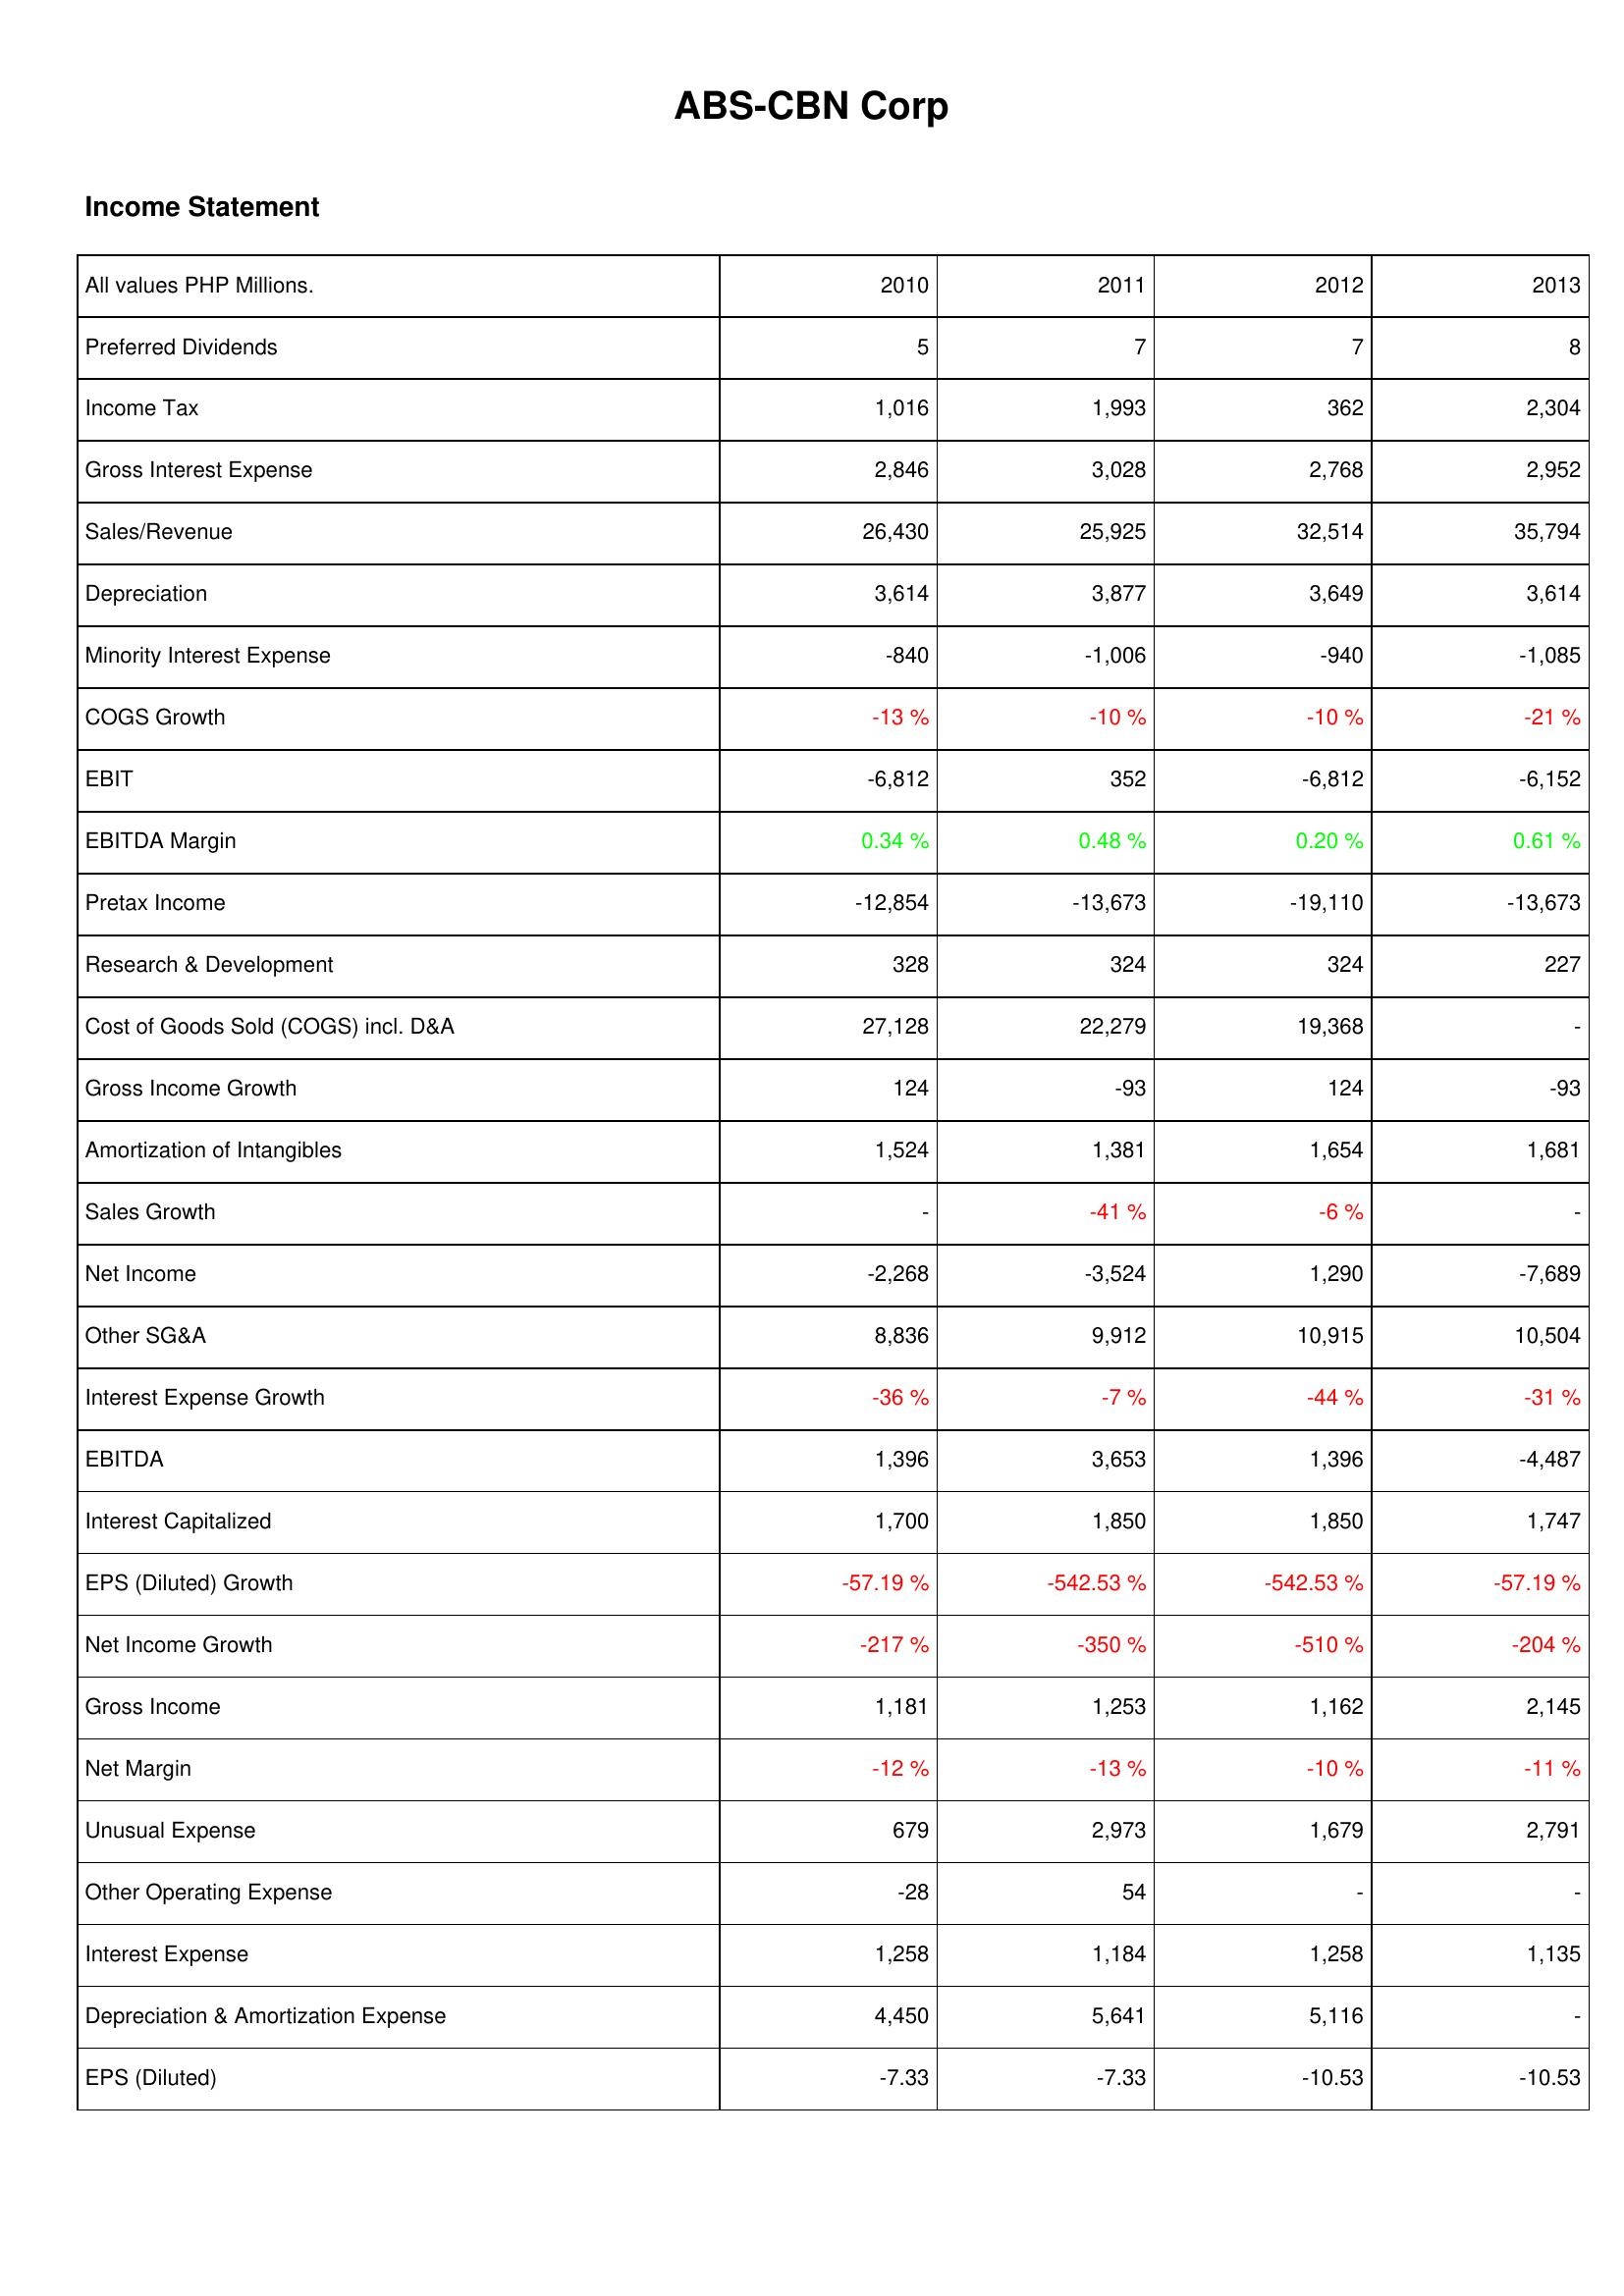
2010: Income Statement: Preferred Dividends: 5
Income Tax: 1,016
Gross Interest Expense: 2,846
Sales/Revenue: 26,430
Depreciation: 3,614
Minority Interest Expense: -840
COGS Growth: -13 %
EBIT: -6,812
EBITDA Margin: 0.34 %
Pretax Income: -12,854
Research & Development: 328
Cost of Goods Sold (COGS) incl. D&A: 27,128
Gross Income Growth: 124
Amortization of Intangibles: 1,524
Sales Growth: -
Net Income: -2,268
Other SG&A: 8,836
Interest Expense Growth: -36 %
EBITDA: 1,396
Interest Capitalized: 1,700
EPS (Diluted) Growth: -57.19 %
Net Income Growth: -217 %
Gross Income: 1,181
Net Margin: -12 %
Unusual Expense: 679
Other Operating Expense: -28
Interest Expense: 1,258
Depreciation & Amortization Expense: 4,450
EPS (Diluted): -7.33
2011: Income Statement: Preferred Dividends: 7
Income Tax: 1,993
Gross Interest Expense: 3,028
Sales/Revenue: 25,925
Depreciation: 3,877
Minority Interest Expense: -1,006
COGS Growth: -10 %
EBIT: 352
EBITDA Margin: 0.48 %
Pretax Income: -13,673
Research & Development: 324
Cost of Goods Sold (COGS) incl. D&A: 22,279
Gross Income Growth: -93
Amortization of Intangibles: 1,381
Sales Growth: -41 %
Net Income: -3,524
Other SG&A: 9,912
Interest Expense Growth: -7 %
EBITDA: 3,653
Interest Capitalized: 1,850
EPS (Diluted) Growth: -542.53 %
Net Income Growth: -350 %
Gross Income: 1,253
Net Margin: -13 %
Unusual Expense: 2,973
Other Operating Expense: 54
Interest Expense: 1,184
Depreciation & Amortization Expense: 5,641
EPS (Diluted): -7.33
2012: Income Statement: Preferred Dividends: 7
Income Tax: 362
Gross Interest Expense: 2,768
Sales/Revenue: 32,514
Depreciation: 3,649
Minority Interest Expense: -940
COGS Growth: -10 %
EBIT: -6,812
EBITDA Margin: 0.20 %
Pretax Income: -19,110
Research & Development: 324
Cost of Goods Sold (COGS) incl. D&A: 19,368
Gross Income Growth: 124
Amortization of Intangibles: 1,654
Sales Growth: -6 %
Net Income: 1,290
Other SG&A: 10,915
Interest Expense Growth: -44 %
EBITDA: 1,396
Interest Capitalized: 1,850
EPS (Diluted) Growth: -542.53 %
Net Income Growth: -510 %
Gross Income: 1,162
Net Margin: -10 %
Unusual Expense: 1,679
Other Operating Expense: -
Interest Expense: 1,258
Depreciation & Amortization Expense: 5,116
EPS (Diluted): -10.53
2013: Income Statement: Preferred Dividends: 8
Income Tax: 2,304
Gross Interest Expense: 2,952
Sales/Revenue: 35,794
Depreciation: 3,614
Minority Interest Expense: -1,085
COGS Growth: -21 %
EBIT: -6,152
EBITDA Margin: 0.61 %
Pretax Income: -13,673
Research & Development: 227
Cost of Goods Sold (COGS) incl. D&A: -
Gross Income Growth: -93
Amortization of Intangibles: 1,681
Sales Growth: -
Net Income: -7,689
Other SG&A: 10,504
Interest Expense Growth: -31 %
EBITDA: -4,487
Interest Capitalized: 1,747
EPS (Diluted) Growth: -57.19 %
Net Income Growth: -204 %
Gross Income: 2,145
Net Margin: -11 %
Unusual Expense: 2,791
Other Operating Expense: -
Interest Expense: 1,135
Depreciation & Amortization Expense: -
EPS (Diluted): -10.53